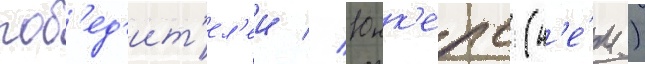
поб'ед'ит'ел'еи // Юнк'ерс (н'е́м.)